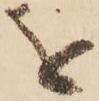
を